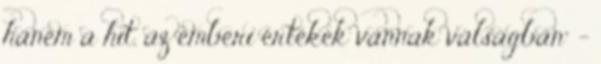
hanem a hit, az emberi értékek vannak válságban” -